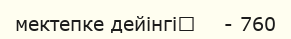
мектепке дейінгі	    - 760